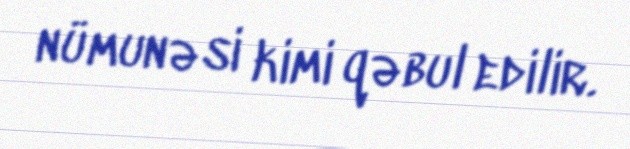
nümunəsi kimi qəbul edilir.